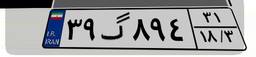
۵۷گ۳۷۱۷۳